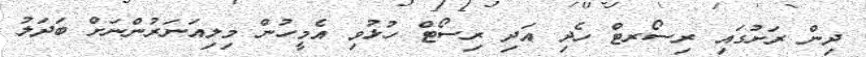
ދިން ރަށުގައި ރިސޯރޓް ހެދި އަދި ރިސޯޓް ހުޅުވި އެމީހުން މިލިއަނަރުންނަށް ބަދަލު